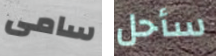
سامى سأحل